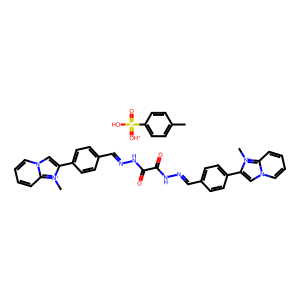
SMILES: C[n+]1c(-c2ccc(C=NNC(=O)C(=O)NN=Cc3ccc(-c4cn5ccccc5[n+]4C)cc3)cc2)cn2ccccc21.Cc1ccc(S(=O)(O)=[OH+])cc1
Inhibits HIV replication: No